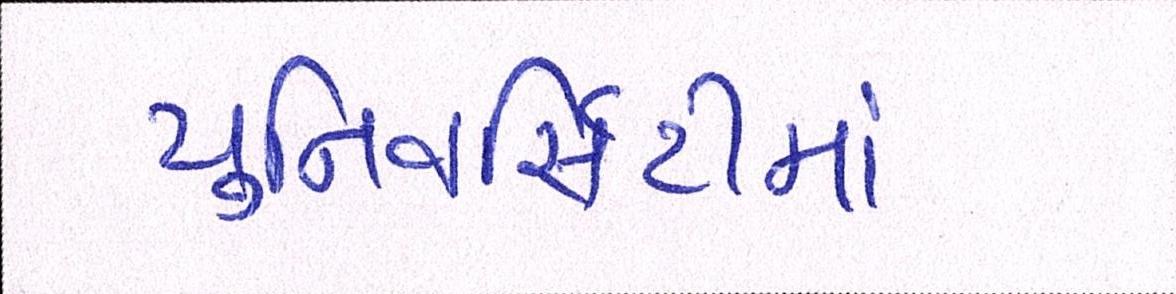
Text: યુનિવર્સિટીમાં